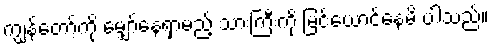
ကျွန်တော့်ကို မျှော်နေရှာမည့် သားကြီးကို မြင်ယောင်နေမိ ပါသည်။